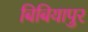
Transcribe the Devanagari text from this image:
बिबियापुर